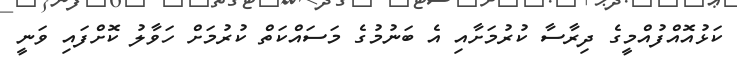
ކަޅުއޮއްފުުއްމީގެ ދިރާސާ ކުރުމަށާއި އެ ބަނުމުގެ މަސައްކަތް ކުރުމަށް ހަވާލު ކޮށްފައި ވަނީ